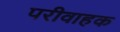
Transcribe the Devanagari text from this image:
परीवाहक